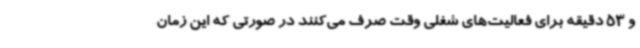
و 53 دقیقه برای فعالیت‌های شغلی وقت صرف می‌کنند در صورتی که این زمان